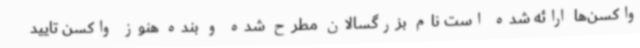
واکسن‌ها ارائه شده است نام بزرگسالان مطرح شده و بنده هنوز واکسن تایید